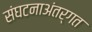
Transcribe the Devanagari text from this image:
संघटनाअंतर्गत